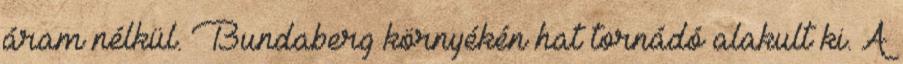
áram nélkül. Bundaberg környékén hat tornádó alakult ki. A